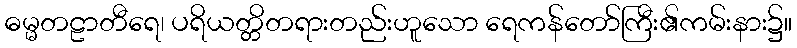
ဓမ္မတဠာတီရေ၊ ပရိယတ္တိတရားတည်းဟူသော ရေကန်တော်ကြီး၏ကမ်းနား၌။